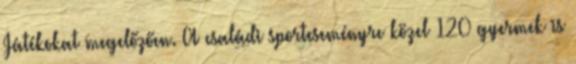
Játékokat megelőzően. A családi sporteseményre közel 120 gyermek is